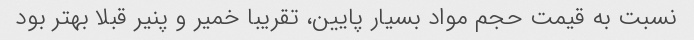
نسبت به قیمت حجم مواد بسیار پایین، تقریبا خمیر و پنیر قبلا بهتر بود